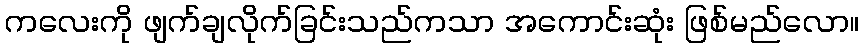
ကလေးကို ဖျက်ချလိုက်ခြင်းသည်ကသာ အကောင်းဆုံး ဖြစ်မည်လော။